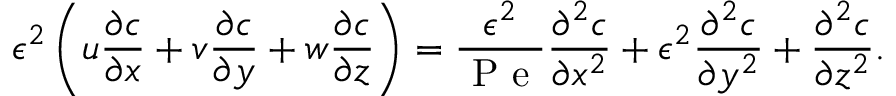
\epsilon ^ { 2 } \left( u \frac { \partial c } { \partial x } + v \frac { \partial c } { \partial y } + w \frac { \partial c } { \partial z } \right) = \frac { \epsilon ^ { 2 } } { \mathrm { ~ P ~ e ~ } } \frac { \partial ^ { 2 } c } { \partial x ^ { 2 } } + \epsilon ^ { 2 } \frac { \partial ^ { 2 } c } { \partial y ^ { 2 } } + \frac { \partial ^ { 2 } c } { \partial z ^ { 2 } } .